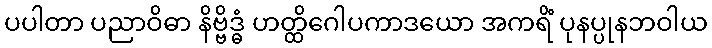
ပပါတာ ပညာဝိဓာ နိဗ္ဗိဒ္ဓံ ဟတ္ထိဂေါပကာဒယော အကရိံ ပုနပ္ပုနဘဝါယ